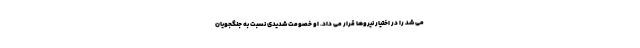
می شد را در اختیار نیروها قرار می داد. او خصومت شدیدی نسبت به جنگجویان